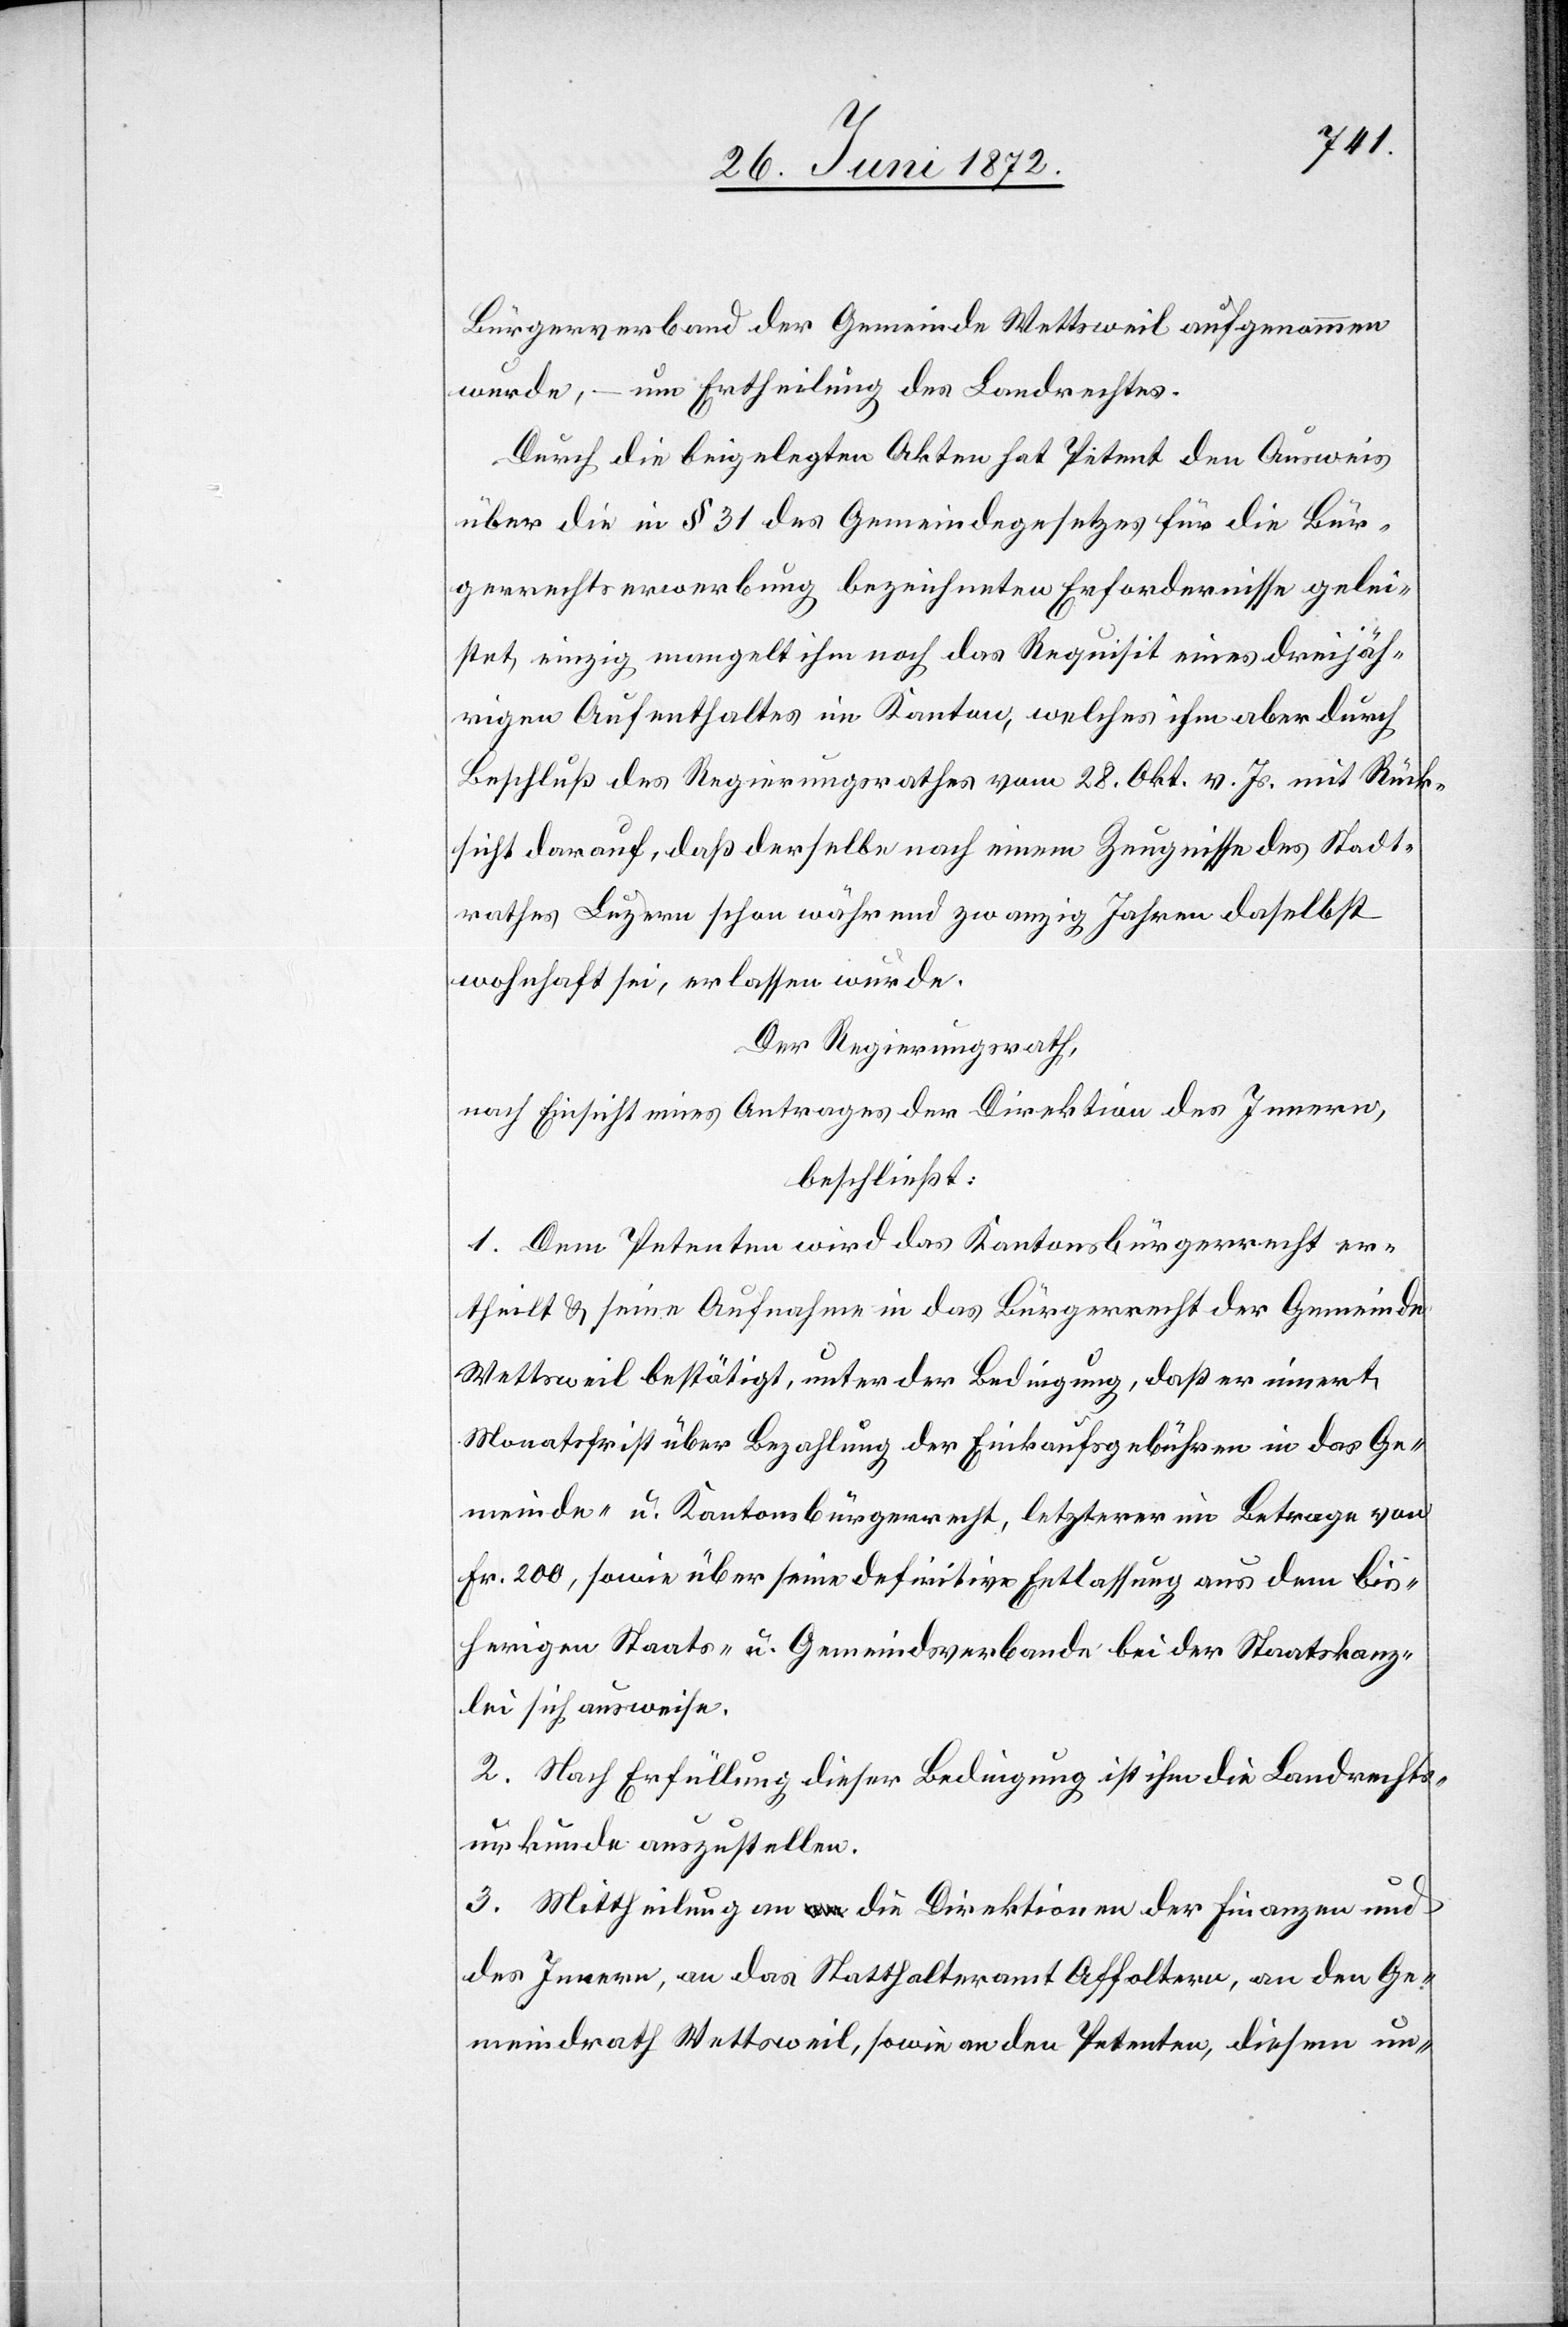
Bürgerverband der Gemeinde Wettsweil aufgenommen
wurde, – um Ertheilung des Landrechtes.
Durch die beigelegten Akten hat Petent den Ausweis
über die in § 31 des Gemeindegesetzes für die Bür¬
gerrechtserwerbung bezeichneten Erfordernisse gelei¬
stet, einzig mangelt ihm noch das Requisit eines dreijäh¬
rigen Aufenthaltes im Kanton, welches ihm aber durch
Beschluß des Regierungsrathes vom 28. Okt. v. Js. mit Rück¬
sicht darauf, daß derselbe nach einem Zeugnisse des Stadt¬
rathes Luzern schon während zwanzig Jahren daselbst
wohnhaft sei, erlassen wurde.
Der Regierungsrath,
nach Einsicht eines Antrages der Direktion des Innern,
beschließt:
1. Dem Petenten wird das Kantonsbürgerrecht er¬
theilt u. seine Aufnahme in das Bürgerrecht der Gemeinde
Wettsweil bestätigt, unter der Bedingung, daß er innert
Monatsfrist über Bezahlung der Einkaufsgebühren in das Ge¬
meinde- u. Kantonsbürgerrecht, letzterer im Betrage von
Fr. 200, sowie über seine definitive Entlassung aus dem bis¬
herigen Staats- u. Gemeindsverbande bei der Staatskanz¬
lei sich ausweise.
2. Nach Erfüllung dieser Bedingung ist ihm die Landrechts¬
urkunde auszustellen.
3. Mittheilung an die Direktionen der Finanzen und
des Innern, an das Statthalteramt Affoltern, an den Ge¬
meindrath Wettsweil, sowie an den Petenten, diesem un-